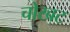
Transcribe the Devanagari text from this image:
चोखट